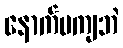
နောက်မကျဘဲ